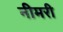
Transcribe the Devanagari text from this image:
नीमरी